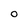
Character: O